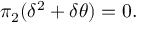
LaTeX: \pi _ { 2 } ( \delta ^ { 2 } + \delta \theta ) = 0 .